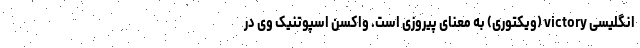
انگلیسی victory (ویکتوری) به معنای پیروزی است. واکسن اسپوتنیک وی در